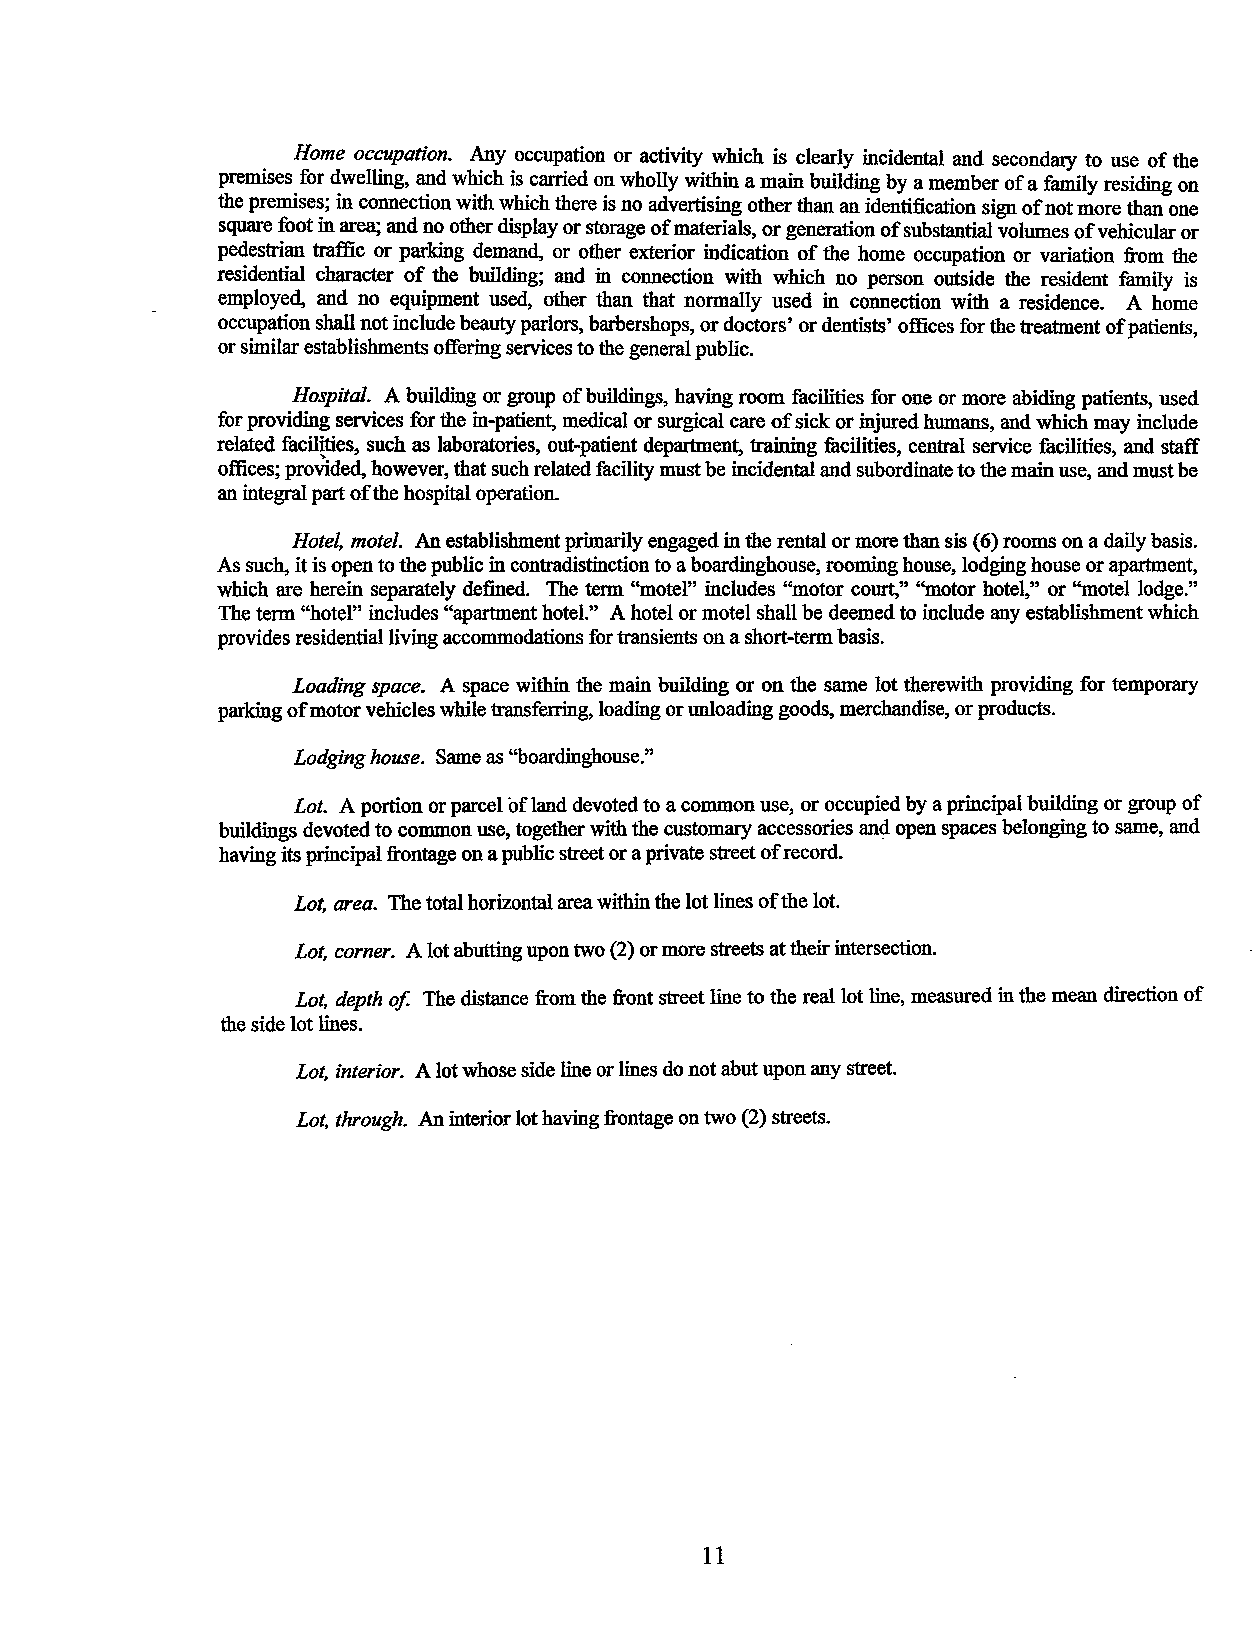
Home occupation. Any occupation or activity which is clearly incidental and secondary to use of the
 premises for dwelling, and which is carried on wholly within a main building by a member of a family residing on
 the premises; in connection with which there is no advertising other than an identification sign of not more than one
 square foot in area; and no other display or storage of materials, or generation of substantial volumes of vehicular or
 pedestrian traffic or parking demand, or other exterior indication of the home occupation or variation from the
 residential character of the building; and in connection with which no person outside the resident family is
 employed, and no equipment used, other than that normally used in connection with a residence. A home
 occupation shall not include beauty parlors, barbershops, or doctors' or dentists' offices for the treatment of patients,
 or similar establishments offering services to the general public.
 Hospital. A building or group of buildings, having room facilities for one or more abiding patients, used
 for providing services for the in-patient, medical or surgical care of sick or injured humans, and which may include
 related facilities, such as laboratories, out-patient department, training facilities, central service facilities, and staff
 offices; proVided, however, that such related facility must be incidental and subordinate to the main use, and must be
 an integral part of the hospital operation.
 Hotel, motel. An establishment primarily engaged in the rental or more than sis (6) rooms on a daily basis.
 As such, it is open to the public in contradistinction to a boardinghouse, rooming house, lodging house or apartment,
 which are herein separately defined. The term "motel" includes "motor court," "motor hotel," or "motel lodge."
 The term "hotel" includes "apartment hotel." A hotel or motel shall be deemed to include any establishment which
 provides residential living accommodations for transients on a short-term basis.
 Loading space. A space within the main building or on the same lot therewith providing for temporary
 parking of motor vehicles while transferring, loading or unloading goods, merchandise, or products.
 Lodging house. Same as "boardinghouse."
 Lot. A portion or parcel of land devoted to a common use, or occupied by a principal building or group of
 buildings devoted to common use, together with the customary accessories and open spaces belonging to same, and
 having its principal frontage on a public street or a private street of record.
 Lot, area. The total horizontal area within the lot lines of the lot.
 Lot, comer. A lot abutting upon two (2) or more streets at their intersection.
 Lot, depth of. The distance from the front street line to the reallot line, measured in the mean direction of
 the side lot lines.
 Lot, interior. A lot whose side line or lines do not abut upon any street.
 Lot, through. An interior lot having frontage on two (2) streets.
 11